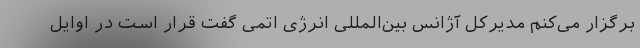
برگزار می‌کنم مدیرکل آژانس بین‌المللی انرژی اتمی گفت قرار است در اوایل